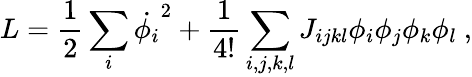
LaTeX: L=\frac{1}{2}\sum_{i}\dot{\phi_{i}}^{2}+\frac{1}{4!}\sum_{i,j,k,l}J_{ijkl}\phi_{i}\phi_{j}\phi_{k}\phi_{l}~,